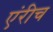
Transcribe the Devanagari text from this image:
एंरीच